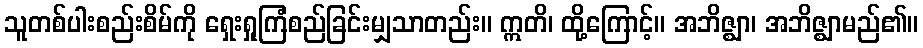
သူတစ်ပါးစည်းစိမ်ကို ရှေးရှုကြံစည်ခြင်းမျှသာတည်း။ ဣတိ၊ ထို့ကြောင့်။ အဘိဇ္ဈာ၊ အဘိဇ္ဈာမည်၏။